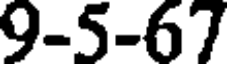
9-5-67